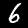
Label: 6